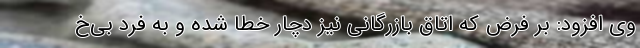
وی افزود:‌ بر فرض که اتاق بازرگانی نیز دچار خطا شده و به فرد بی‌خ